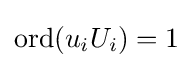
\mathrm {ord} (u_{i}U_{i})=1